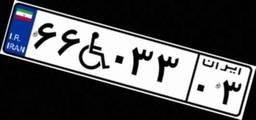
۶۶W۰۳۳۰۳